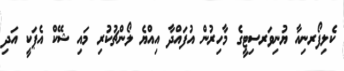
ކެލިފޯރނިއާ ޔުނިވަރސިޓީގެ މާހިރުން އުފައްދާ އިއްޔެ ލޯންޗުކުރި މައި ޝޭކް އެޕަކީ އަދި